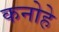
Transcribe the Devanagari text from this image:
कनोहे